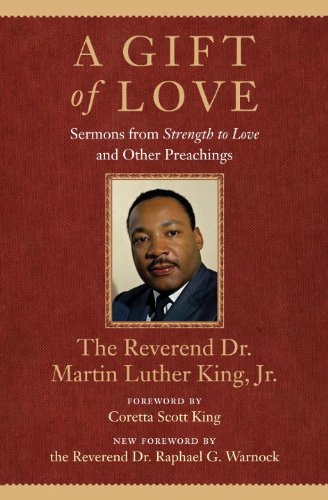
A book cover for A Gift of Love: Sermons from Strength to Love and Other Preachings (King Legacy); Martin Luther Jr. King; Christian Books & Bibles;